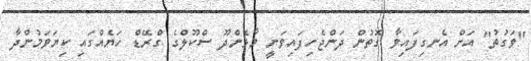
"ވަގުތު" އަށް އެނގިފައިވާ ގޮތުން ދަންޖެހިފައިވަނީ މާޅެންދޫ ސްކޫލްގެ ގްރޭޑް ހަޔެއްގައި ކިޔަވަމުންދާ